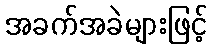
အခက်အခဲများဖြင့်